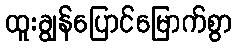
ထူးချွန်ပြောင်မြောက်စွာ